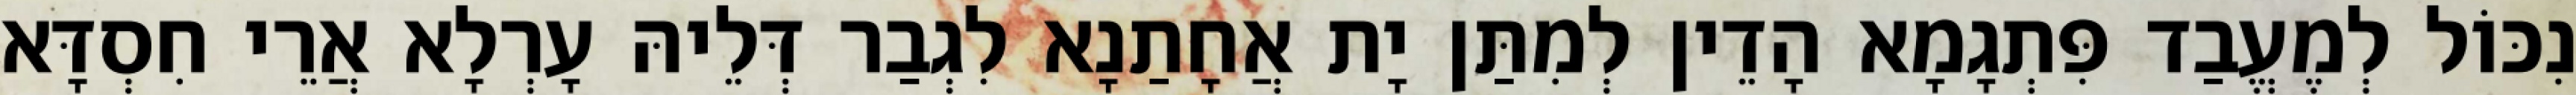
נִכּוֹל לְמֶעֱבַד פִּתְגָמָא הָדֵין לְמִתַּן יָת אֲחָתַנָא לִגְבַר דְּלֵיהּ עָרְלָא אֲרֵי חִסְדָּא